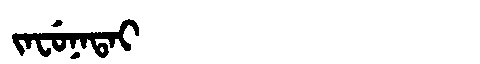
Manchu: ᠵᠠᠸᡠᠨᠠᡨᠠᡳ
Romanization: JAFUNATAI